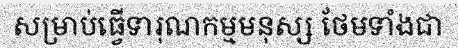
សម្រាប់ធ្វើទារុណកម្មមនុស្ស ថែមទាំងជា